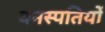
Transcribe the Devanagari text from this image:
वनस्‍पतियों